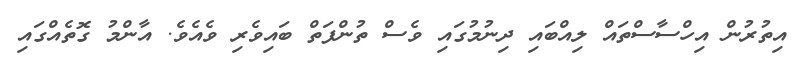
އިތުރުން އިހްސާސްތައް ލިއްބައި ދިނުމުގައި ވެސް ތުންފަތް ބައިވެރި ވެއެވެ. އާންމު ގޮތެއްގައި